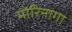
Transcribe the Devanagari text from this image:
मोरिनागा